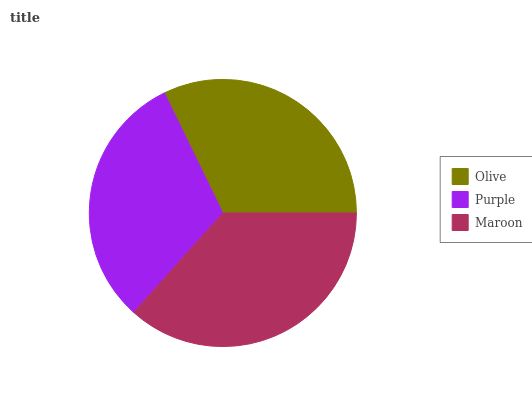
| Olive | Purple | Maroon |
 | --- | --- | --- |
 | 32.2% | 31.2% | 36.6% |